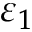
\varepsilon _ { 1 }